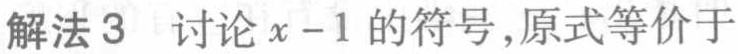
解法 3 讨论 \(x - 1\) 的符号,原式等价于